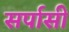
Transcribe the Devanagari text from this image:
सर्पासी